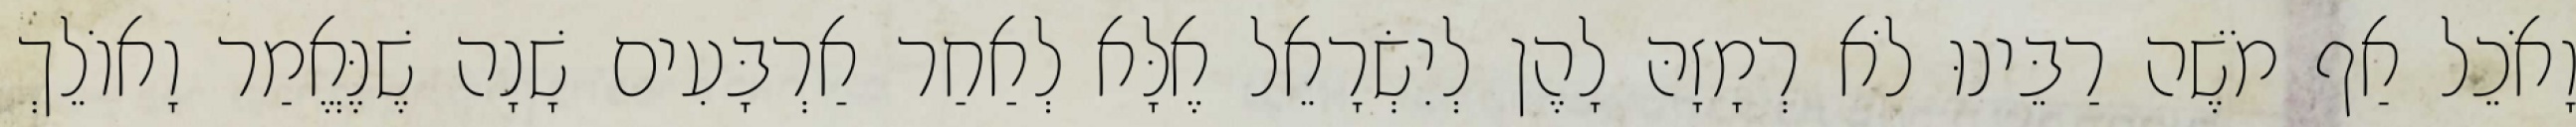
וָאֹכֵל אַף מֹשֶׁה רַבֵּינוּ לֹא רְמָזָהּ לָהֶן לְיִשְׂרָאֵל אֶלָּא לְאַחַר אַרְבָּעִים שָׁנָה שֶׁנֶּאֱמַר וָאוֹלֵךְ